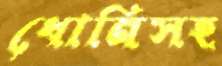
ধোনিসহ